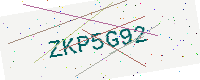
Text: ZKP5G92